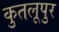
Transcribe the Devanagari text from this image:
कुतलूपुर